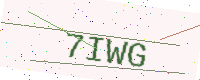
Text: 7IWG